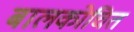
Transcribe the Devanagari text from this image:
बालकोचित